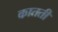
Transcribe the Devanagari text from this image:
कातती